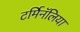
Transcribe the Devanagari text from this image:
टर्मिनॅलिया